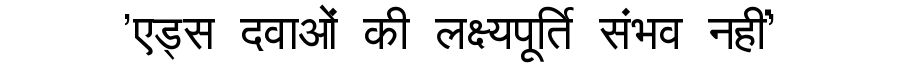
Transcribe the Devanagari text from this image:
'एड्स दवाओं की लक्ष्यपूर्ति संभव नहीं'